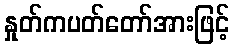
နှုတ်ကပတ်တော်အားဖြင့်